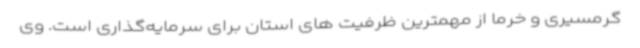
گرمسیری و خرما از مهمترین ظرفیت های استان برای سرمایه‌گذاری است. وی